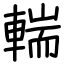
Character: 輲